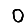
Digit: 0